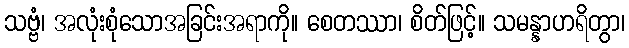
သဗ္ဗံ၊ အလုံးစုံသောအခြင်းအရာကို။ စေတဿာ၊ စိတ်ဖြင့်။ သမန္နာဟရိတွာ၊